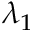
\lambda _ { 1 }